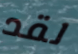
لقد